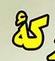
كه